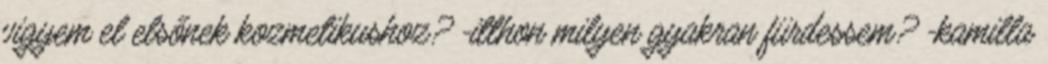
vigyem el elsőnek kozmetikushoz? -itthon milyen gyakran fürdessem? -kamilla